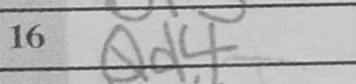
Transcription: Qd4